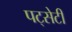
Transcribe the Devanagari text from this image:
पट्सेटी